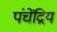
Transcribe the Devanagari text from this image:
पंचेंद्रिय